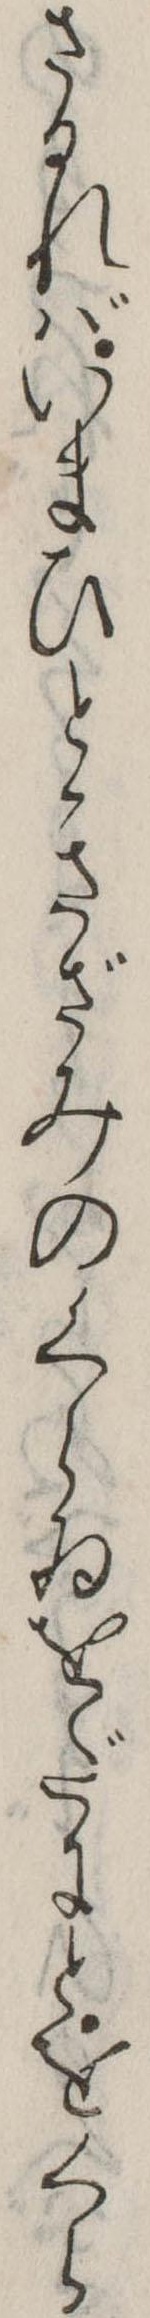
さるればいまひときざみのくらゐをだにとをくら